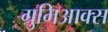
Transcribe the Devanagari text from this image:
ग्रुमिआक्स